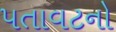
પતાવટનો